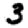
Digit: 3